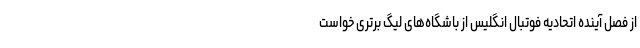
از فصل آینده اتحادیه فوتبال انگلیس از باشگاه‌های لیگ برتری خواست